Indian journal of veterinary science and animal husbandry - Volumes 18-21, 1948-1951
Year: 1948
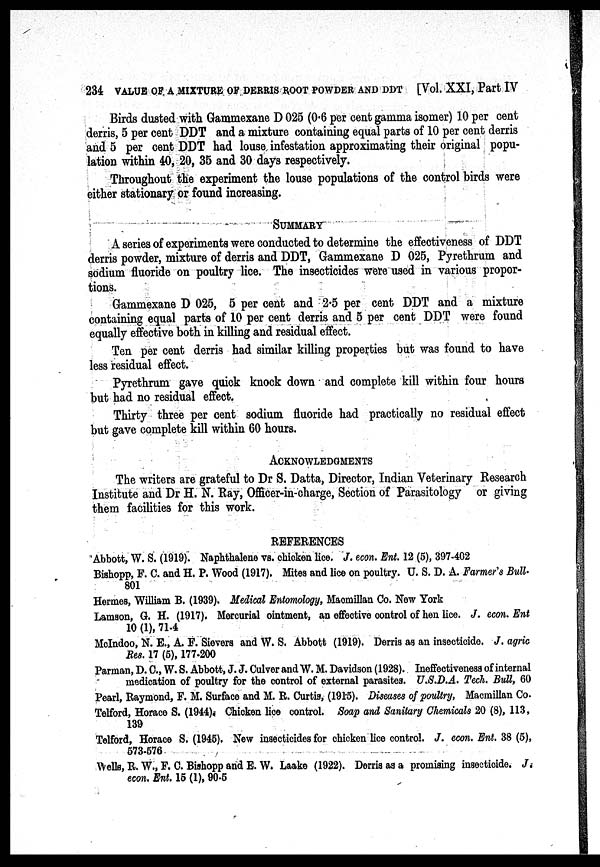
234 VALUE OF A MIXTURE OF DERRIS ROOT POWDER AND DDT [Vol. XXI, Part IV
Birds dusted with Gammexane D 025 (0.6 per cent gamma isomer) 10 per cent
derris, 5 per cent DDT and a mixture containing equal parts of 10 per cent derris
and 5 per cent DDT had louse infestation approximating their original popu-
lation within 40, 20, 35 and 30 days respectively.
Throughout the experiment the louse populations of the control birds were
either stationary or found increasing.
SUMMARY
A series of experiments were conducted to determine the effectiveness of DDT
derris powder, mixture of derris and DDT, Gammexane D 025, Pyrethrum and
sodium fluoride on poultry lice. The insecticides were used in various propor-
tions.
Gammexane D 025, 5 per cent and 2.5 per cent DDT and a mixture
containing equal parts of 10 per cent derris and 5 per cent DDT were found
equally effective both in killing and residual effect.
Ten per cent derris had similar killing properties but was found to have
less residual effect.
Pyrethrum gave quick knock down and complete kill within four hours
but had no residual effect.
Thirty three per cent sodium fluoride had practically no residual effect
but gave complete kill within 60 hours.
ACKNOWLEDGMENTS
The writers are grateful to Dr S. Datta, Director, Indian Veterinary Research
Institute and Dr H. N. Ray, Officer-in-charge, Section of Parasitology or giving
them facilities for this work.
REFERENCES
Abbott, W. S. (1919). Naphthalene vs. chicken lice. J. econ. Ent. 12 (5), 397-402
Bishopp, F. C. and H. P. Wood (1917). Mites and lice on poultry. U. S. D. A. Farmer's Bull.
801
Hermes, William B. (1939). Medical Entomology, Macmillan Co. New York
Lamson, G. H. (1917). Mercurial ointment, an effective control of hen lice. J. econ. Ent
10 (1), 71-4
McIndoo, N. E., A. F. Sievers and W. S. Abbott (1919). Derris as an insecticide. J. agric
Res. 17 (5), 177-200
Parman, D. C., W. S. Abbott, J. J. Culver and W. M. Davidson (1928). Ineffectiveness of internal
medication of poultry for the control of external parasites. U.S.D.A. Tech. Bull, 60
Pearl, Raymond, F. M. Surface and M. R. Curtis, (1915). Diseases of poultry, Macmillan Co.
Telford, Horace S. (1944) Chicken lice control. Soap and Sanitary Chemicals 20 (8), 113,
139
Telford, Horace S. (1945). New insecticides for chicken lice control. J. econ. Ent. 38 (5),
573-576
Wells, R. W., F. C. Bishopp and E. W. Laake (1922). Derris as a promising insecticide. J.
econ. Ent. 15 (1), 90-5